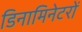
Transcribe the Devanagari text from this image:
डिनामिनेटरों